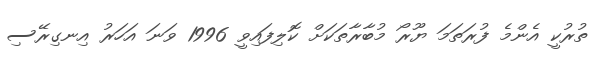
ތުރުކީ އެންމެ ފުރަތަމަ ޔޫރޯ މުބާރާތަކަށް ކޮލިފައިވީ 1996 ވަނަ އަހަރު އިނގިރޭސި